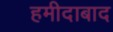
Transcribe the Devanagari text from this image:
हमीदाबाद